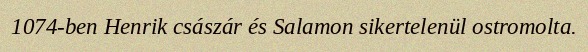
1074-ben Henrik császár és Salamon sikertelenül ostromolta.